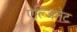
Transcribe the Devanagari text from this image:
ऐल्जिनेट